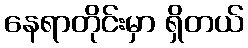
နေရာတိုင်းမှာ ရှိတယ်